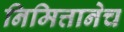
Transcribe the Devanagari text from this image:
निमित्तानेच